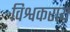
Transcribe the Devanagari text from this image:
विश्वकराय